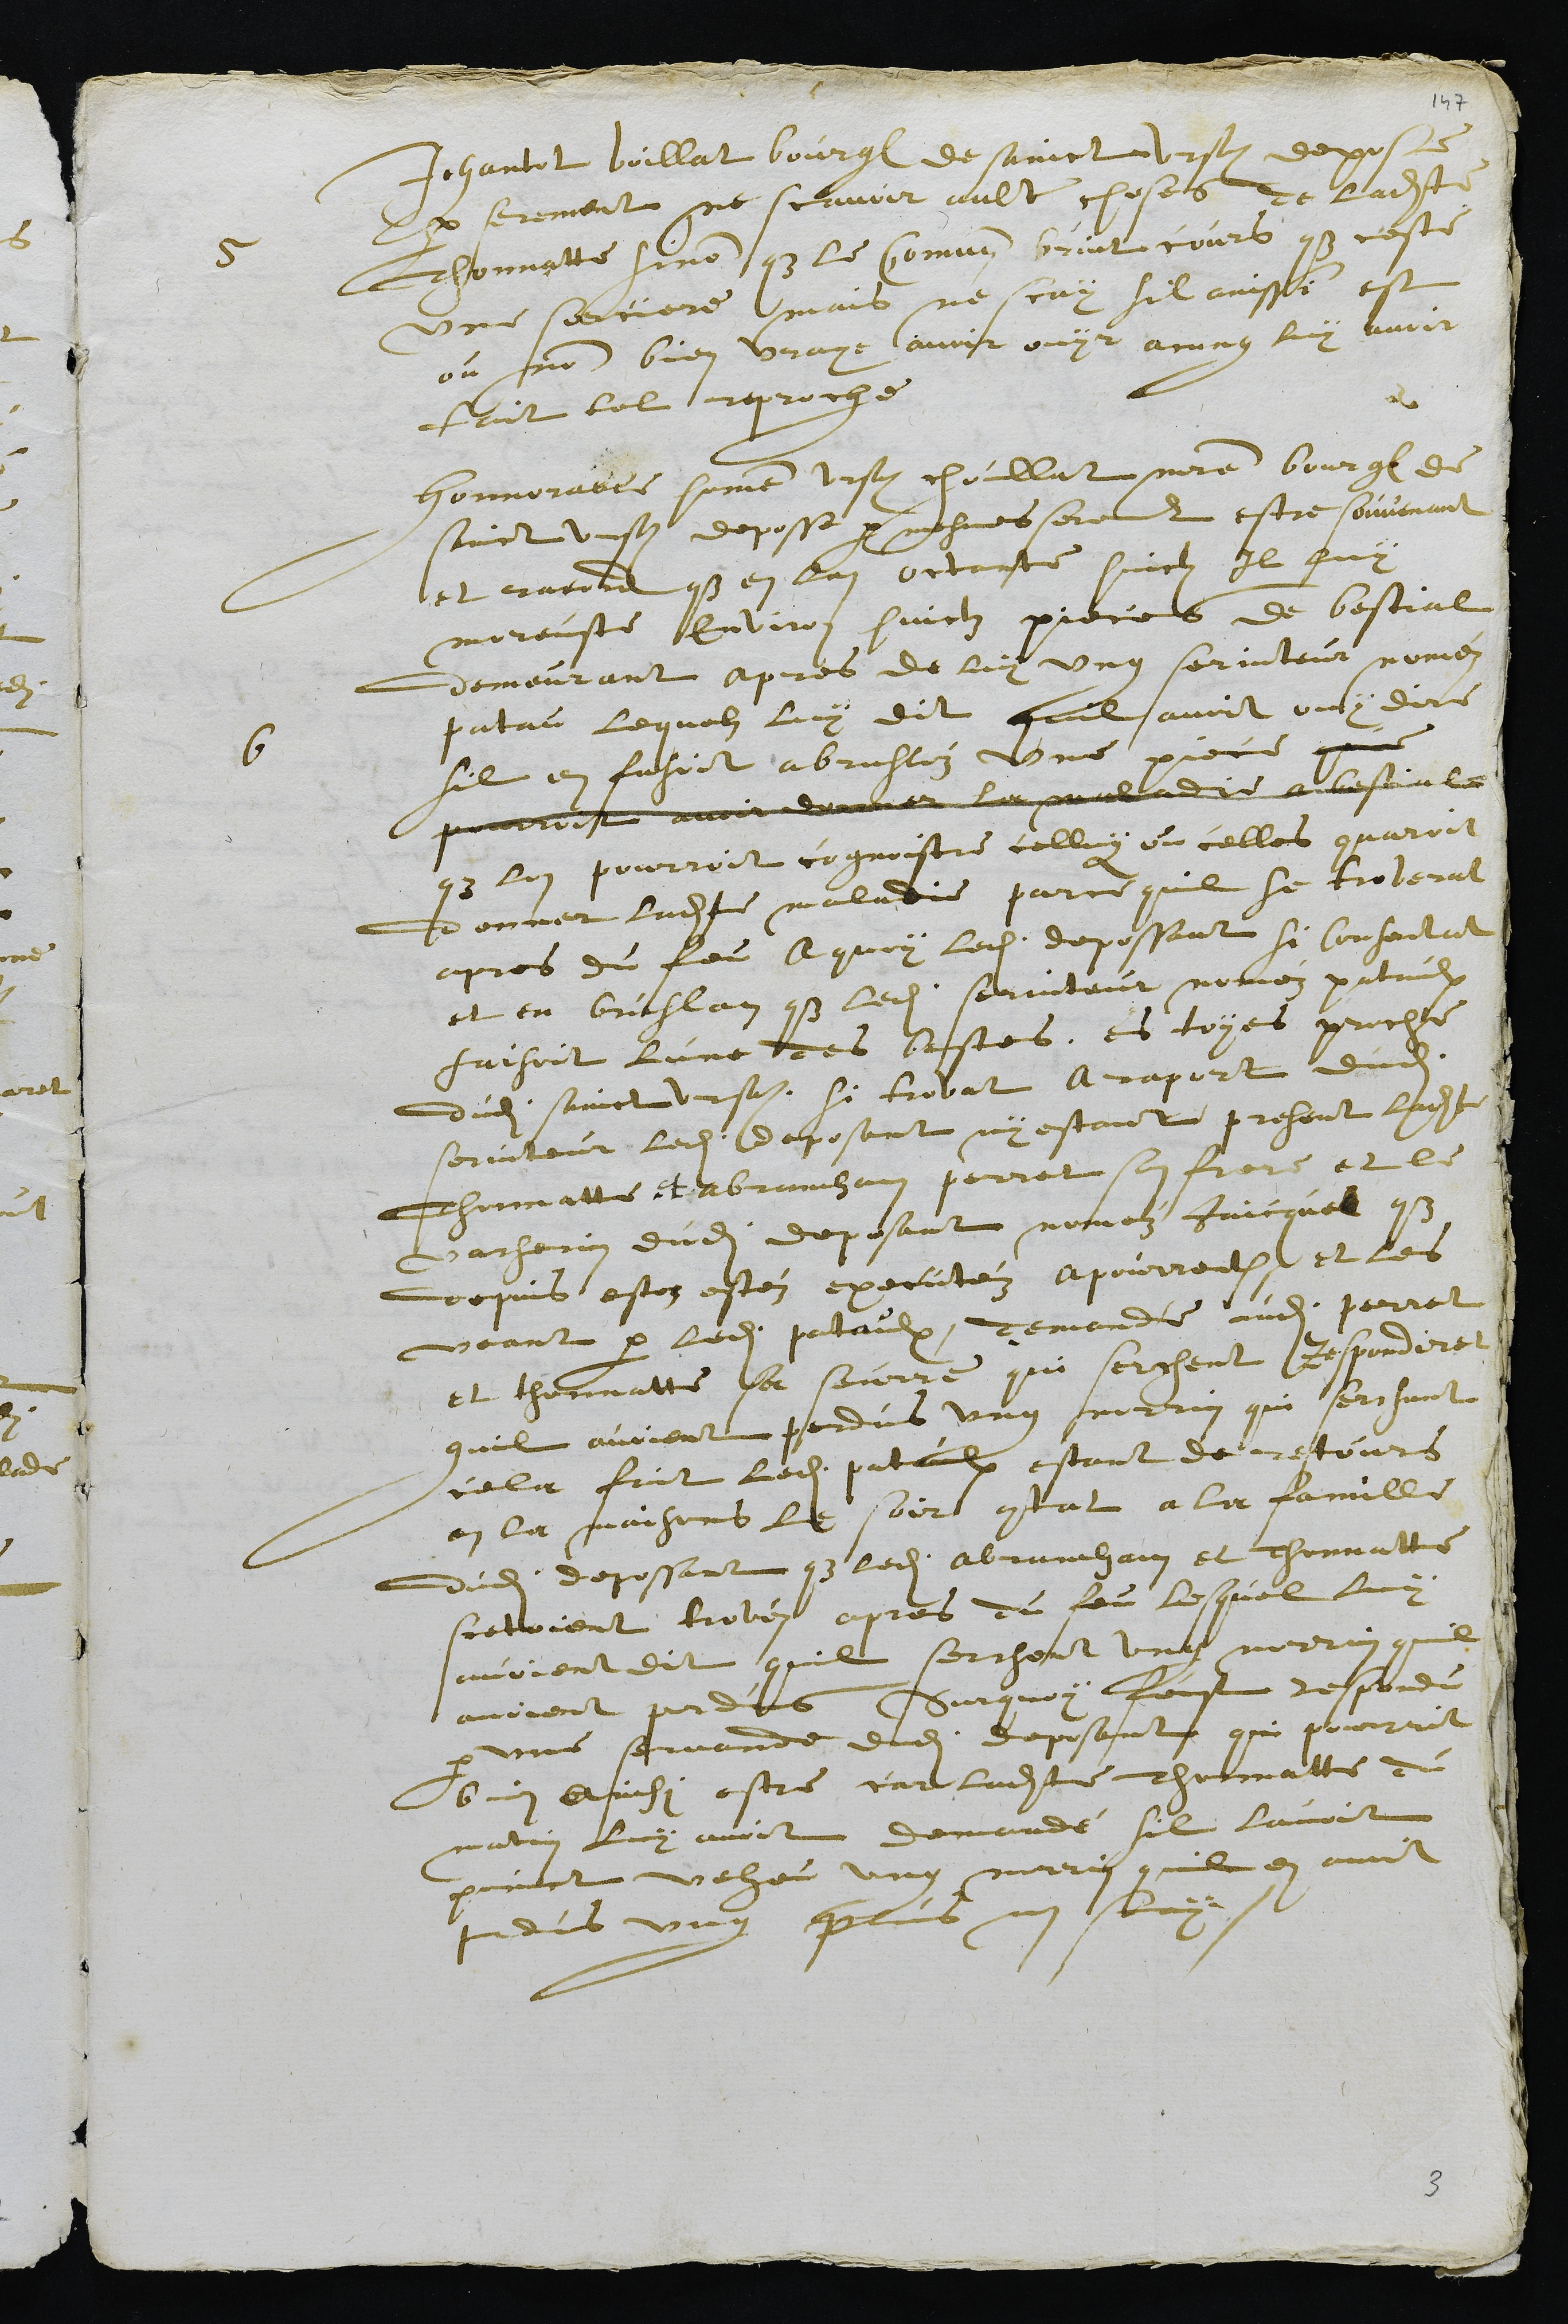
5
Jehantot boillat bourgeois de sainct Ursanne depose
par serement ne scavoir aultre choses de ladite
Thonnatte sinon que le Commun bruit cours que ceste
une sorciere, mais ne scay sil ainssi est
ou non bien vraye avoir ouyr acung luy avoir
fait tel reproche.
6
Honnorable homme Ursanne choullat maistre bourgeois de
sainct Ursanne deposse par mesmes serement estre souvenant
et racord que en lan octante huictz Il luy
moreust environ huictz pieces de bestial
demeurant apres de luy ung serviteur noméz
patau lequelz luy dit quil avoit ouy dire
sil en fasoit a brusléz une piece que
pourroit avoit donner la maladie au bestial
que lon pourroit cognoistre celluy ou celles quaroit
donner ladite maladie parce quil se troverat
apres du feu, A quoy ledit depossant si consentat
et en bruslan que ledit serviteur noméz pataulx
saisoit lune des bestes, es toyes proche
dudit Sainct Ursanne, si trovat a raport dudit
serviteur, ledit deposant ny estant present ladite
Thonnatte et Abramham perret son frere et le
Vacherin dudit deposant noméz Jaicquel que
depuis estez estéz executéz apourrentruy et les
veant par ledit pataulx, demande audit perret
et thonnatte sa seurre qui serchent Respondiret
quil avoient perdus ung norrin qui serchant
cela fait ledit pataulx estant de retours
en la maisons le soir contat a la famille
dudit depossant que ledit Abramham et Thonnatte
seetoient trovez apres du feu lequel luy
avoient dit quil serchent ung norrin quil
avoient perdus Surquoy feust respondu
par une servande dudit deposant qui pourroit
bien ainsi estre car ladite Thonnatte du
matin luy avoit demandé sil lavoit
poinct veheu ung norrin quil en avoit
perdus ung plus nen scay

3